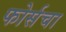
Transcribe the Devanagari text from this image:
फोर्सचा